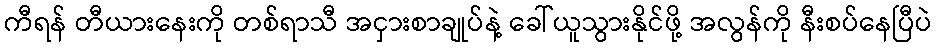
ကီရန် တီယားနေးကို တစ်ရာသီ အငှားစာချုပ်နဲ့ ခေါ်ယူသွားနိုင်ဖို့ အလွန်ကို နီးစပ်နေပြီပဲ